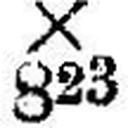
X 823